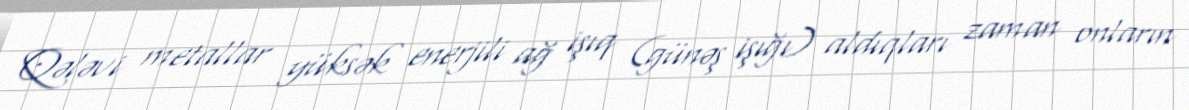
Qələvi metallar yüksək enerjili ağ işıq (günəş işığı) aldıqları zaman onların